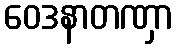
ဝေဒနာတဏှာ